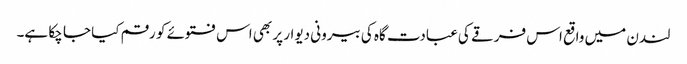
لندن میں واقع اس فرقے کی عبادت گاہ کی بیرونی دیوار پر بھی اس فتوئے کو رقم کیا جا چکا ہے۔